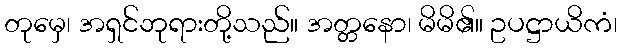
တုမှေ၊ အရှင်ဘုရားတို့သည်။ အတ္တနော၊ မိမိ၏။ ဥပဋ္ဌာယိကံ၊